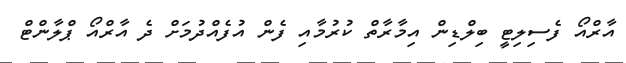
އާރްއޯ ފެސިލިޓީ ބިލްޑިން އިމާރާތް ކުރުމާއި ފެން އުފެއްދުމަށް ދެ އާރްއޯ ޕްލާންޓް